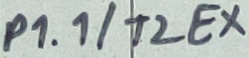
Text: P1.1/T2EX